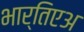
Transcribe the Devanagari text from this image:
भार्तिएअ